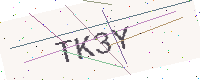
Text: TK3Y